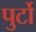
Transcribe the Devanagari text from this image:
पुर्टो